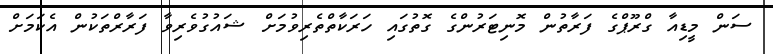
ސަން މީޑިއާ ގްރޫޕްގެ ފަރާތުން މޮނިޓަރުންގެ ގޮތުގައި ހަރަކާތްތެރިވުމަށް ޝައުގުވެރިވާ ފަރާރްތަކުން އެކަމަށް